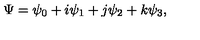
\Psi = \psi _ { 0 } + i \psi _ { 1 } + j \psi _ { 2 } + k \psi _ { 3 } ,